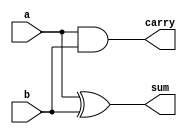
//////////////////////////////////////////////////////////////////////////////////
///////// [ SUM = A XOR B ] /////////////////////////////////////////////////////
///////// [ CARRY = A AND B ] //////////////////////////////////////////////////
module half_adder_data(a,b,sum,carry);
input a,b;
output sum,carry;

assign sum = a ^ b;
assign carry = a & b;
endmodule
/////////////////////////////////////////////////////////////////////////////////
///////// TEST BENCH ///////////////////////////////////////////////////////////
module half_adder_data_tb();
reg a,b;
wire sum,carry;
half_adder_data half_1(a,b,sum,carry);
initial
	begin
		a=0;b=0;
#10	a=0;b=1;
#10	a=1;b=0;
#10	a=1;b=1;
#10	
$stop;
end
endmodule